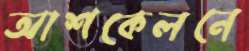
আশকেলনে